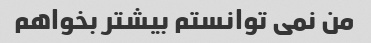
من نمی توانستم بیشتر بخواهم